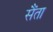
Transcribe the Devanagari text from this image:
सैंता